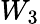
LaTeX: W_{3}